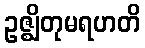
ဥဇ္ဈိတုမရဟတိ